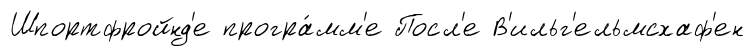
Шпортфройнд'е програ́мм'е Посл'е В'ильг'ельмсхаф'ен